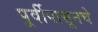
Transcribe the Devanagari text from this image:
पूर्वीपासूनचे